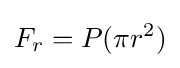
F_{r}=P(\pi r^{2})